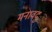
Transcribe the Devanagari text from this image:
मनावदु